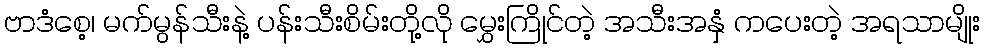
ဗာဒံစေ့၊ မက်မွန်သီးနဲ့ ပန်းသီးစိမ်းတို့လို မွှေးကြိုင်တဲ့ အသီးအနှံ ကပေးတဲ့ အရသာမျိုး